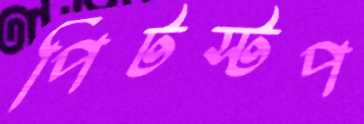
পিটস্টপ